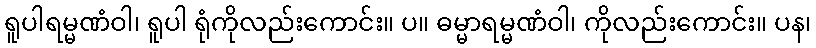
ရူပါရမ္မဏံဝါ၊ ရူပါ ရုံကိုလည်းကောင်း။ ပ။ ဓမ္မာရမ္မဏံဝါ၊ ကိုလည်းကောင်း။ ပန၊